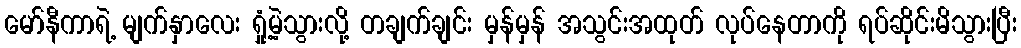
မော်နီကာရဲ့ မျက်နှာလေး ရှုံ့မဲ့သွားလို့ တချက်ချင်း မှန်မှန် အသွင်းအထုတ် လုပ်နေတာကို ရပ်ဆိုင်းမိသွားပြီး